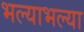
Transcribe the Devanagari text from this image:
भल्याभल्या